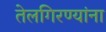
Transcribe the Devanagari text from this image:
तेलगिरण्यांना